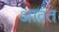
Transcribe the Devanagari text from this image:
आव्रत